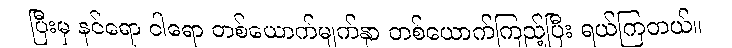
ပြီးမှ နင်ရော ငါရော တစ်ယောက်မျက်နှာ တစ်ယောက်ကြည့်ပြီး ရယ်ကြတယ်။